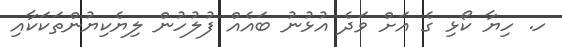
ހ. ހިޔާ ކޯޅި ގެ އަށް ވަދެ އުޅުނު ބައެއް ފުލުހުން ލިޔެކިޔުންތަކަކާއި